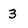
Character: 3